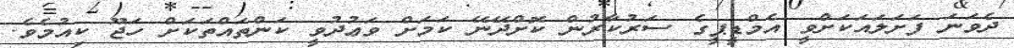
ދެވަނަ ފަށަލައަކަށްވީ އެމްޑީޕީގެ ސަރުކާރުން ކޮށްދޭނޭ ކަމަށް ވަޢުދުވީ ކަންތައްތަކަށް ހަޖޫ ކިއުމެވެ.